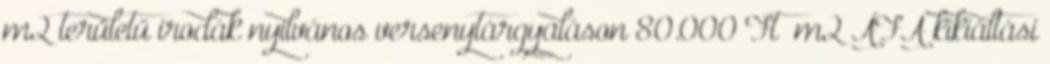
m2 területű irodák nyilvános versenytárgyaláson 80.000 Ft m2 ÁFA kikiáltási